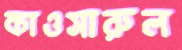
কাওসারুল